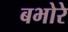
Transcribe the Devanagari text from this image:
बभोरे